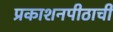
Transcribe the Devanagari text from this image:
प्रकाशनपीठाची